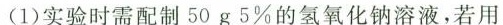
(1)实验时需配制50g5\%的氢氧化钠溶液，若用